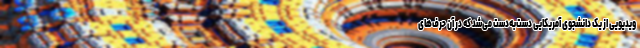
ویدیویی از یک دانشجوی آمریکایی دست‌به‌دست می‌شد که در آن حرف‌های